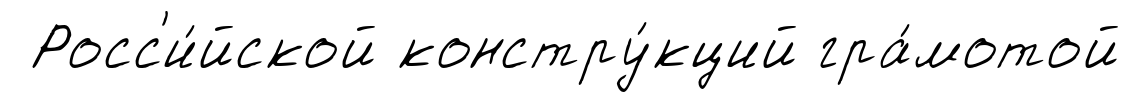
Росс'и́йской констру́кций гра́мотой